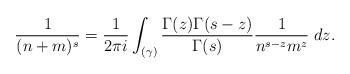
LaTeX: \begin{align*} \frac{1}{(n+m)^s} = \frac{1}{2\pi i} \int_{(\gamma)} \frac{\Gamma(z)\Gamma(s-z)}{\Gamma(s)} \frac{1}{n^{s-z} m^z} \; dz.\end{align*}